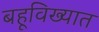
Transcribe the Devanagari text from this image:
बहूविख्यात